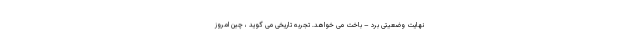
نهایت وضعیتی برد – باخت می خواهد. تجربه تاریخی می گوید ، چین امروز